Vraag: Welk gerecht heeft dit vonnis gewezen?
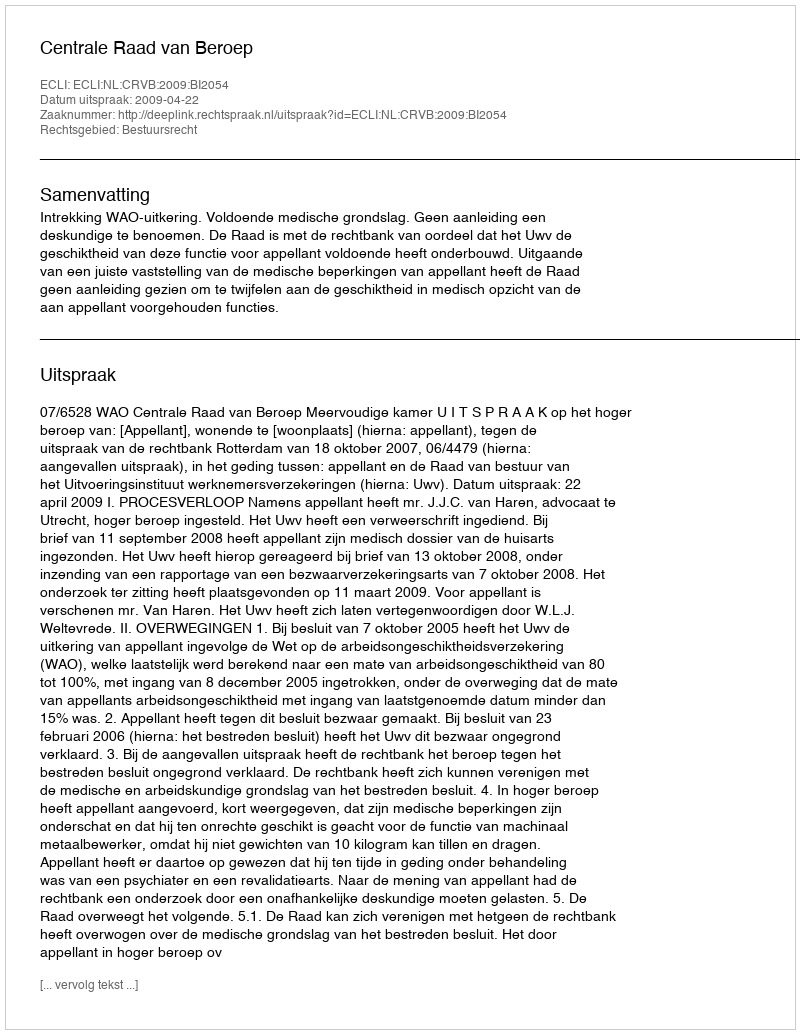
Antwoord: Centrale Raad van Beroep